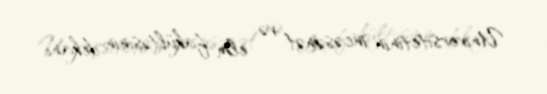
Universitetinin incəsənət və elm fakültəsinin dekanı.